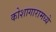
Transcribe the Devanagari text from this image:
कोशागारामध्ये